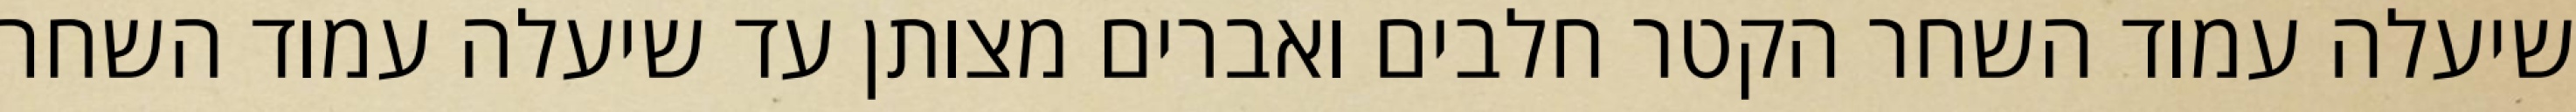
שיעלה עמוד השחר הקטר חלבים ואברים מצותן עד שיעלה עמוד השחר